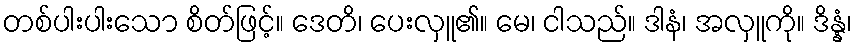
တစ်ပါးပါးသော စိတ်ဖြင့်။ ဒေတိ၊ ပေးလှူ၏။ မေ၊ ငါသည်။ ဒါနံ၊ အလှူကို။ ဒိန္နံ၊